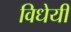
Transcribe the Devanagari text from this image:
विधेयी